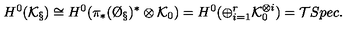
H ^ { 0 } ( \mathcal { K } _ { \S } ) \cong H ^ { 0 } ( \pi _ { * } ( \O _ { \S } ) ^ { * } \otimes \mathcal { K } _ { 0 } ) = H ^ { 0 } ( \oplus _ { i = 1 } ^ { r } \mathcal { K } _ { 0 } ^ { \otimes i } ) = \mathcal { T } S p e c .